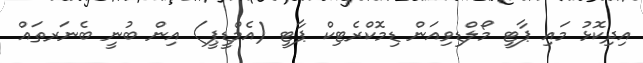
އިދިކޮޅު މައި ޕާޓީ މޯލްޑިވިއަން ޑިމޮކްރެޓިކް ޕާޓީ (އެމްޑީޕީ) އިން ބުނީ ބެނަރތައް